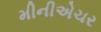
મીનીએચર